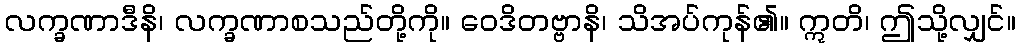
လက္ခဏာဒီနိ၊ လက္ခဏာစသည်တို့ကို။ ဝေဒိတဗ္ဗာနိ၊ သိအပ်ကုန်၏။ ဣတိ၊ ဤသို့လျှင်။